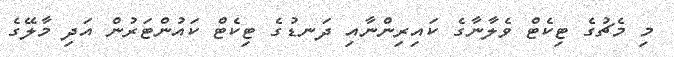
މި މެޗުގެ ޓިކެޓް ވެލާނާގެ ކައިރިންނާއި ދަނޑުގެ ޓިކެޓް ކައުންޓަރުން އަދި މާލޭގެ